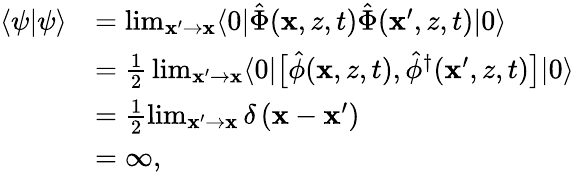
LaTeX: \begin{array}{rl}{\langle\psi|\psi\rangle}&{=\operatorname*{lim}_{\mathbf{x}^{\prime}\to\mathbf{x}}\langle 0|\hat{\Phi}(\mathbf{x},z,t)\hat{\Phi}(\mathbf{x}^{\prime},z,t)|0\rangle}\\ &{=\frac{1}{2}\, \operatorname*{lim}_{\mathbf{x}^{\prime}\to\mathbf{x}}\langle 0|\bigl[\hat{\phi}(\mathbf{x},z,t),\hat{\phi}^{\dagger}(\mathbf{x}^{\prime},z,t)\bigr]|0\rangle}\\ &{=\frac{1}{2}\operatorname*{lim}_{\mathbf{x}^{\prime}\to\mathbf{x}}\delta\left(\mathbf{x}-\mathbf{x}^{\prime}\right)}\\ &{=\infty,}\end{array}